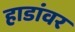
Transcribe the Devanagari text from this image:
हाडांवर